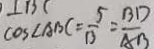
\cos \angle A B C = \frac { 5 } { 1 3 } = \frac { B D } { A B }